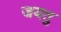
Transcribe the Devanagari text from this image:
जयतु